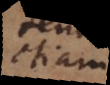
etiam